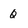
Character: Q